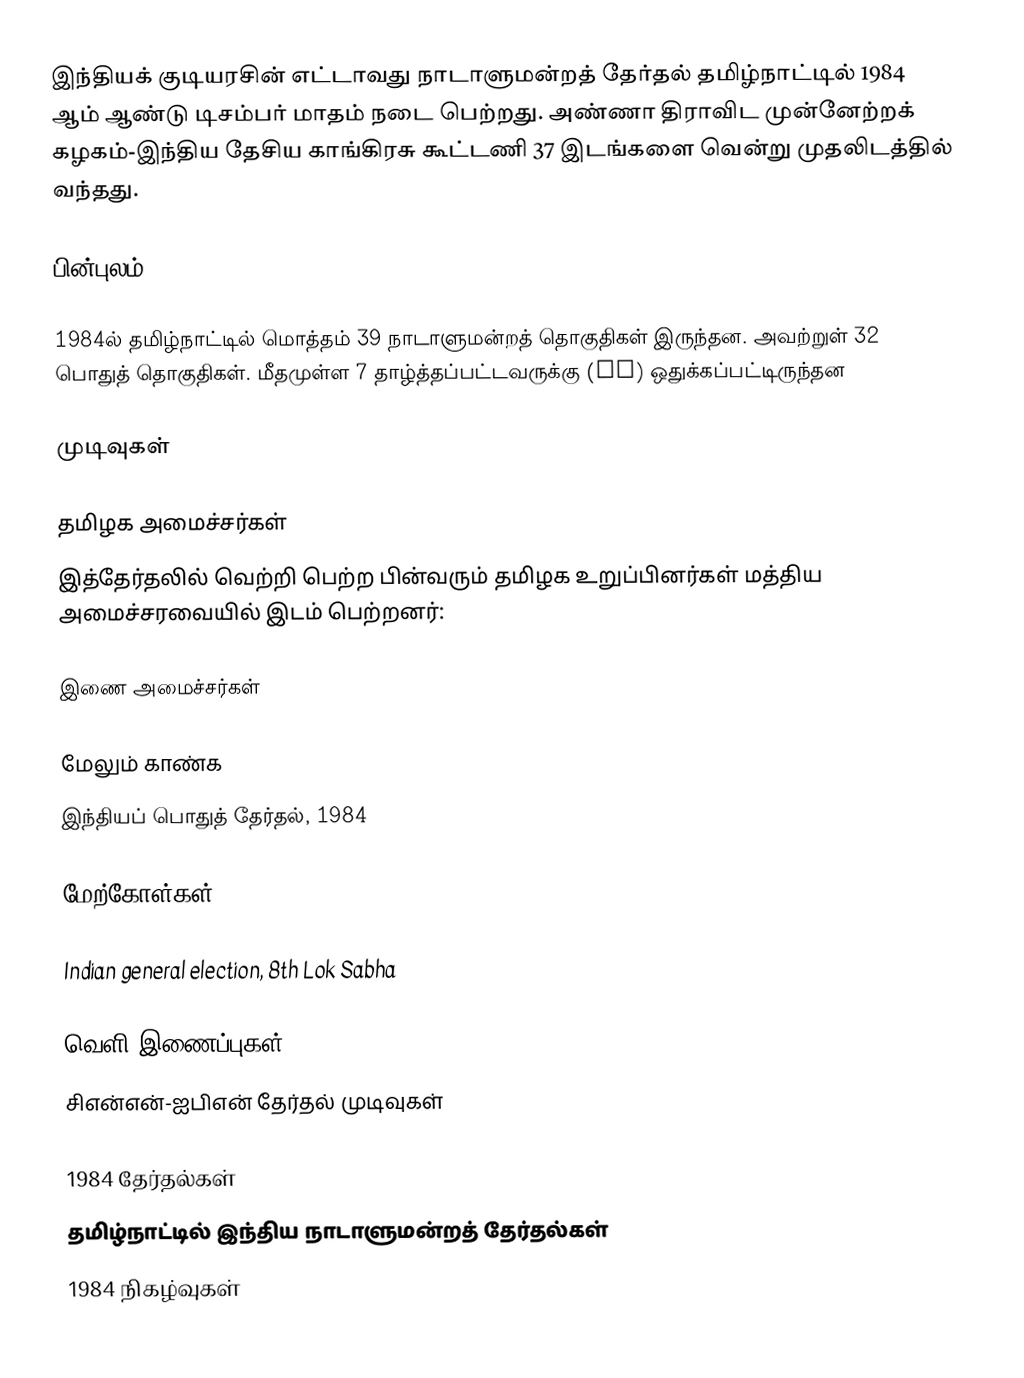
இந்தியக் குடியரசின் எட்டாவது நாடாளுமன்றத் தேர்தல் தமிழ்நாட்டில் 1984 ஆம் ஆண்டு டிசம்பர் மாதம் நடை பெற்றது. அண்ணா திராவிட முன்னேற்றக் கழகம்-இந்திய தேசிய காங்கிரசு கூட்டணி 37 இடங்களை வென்று முதலிடத்தில் வந்தது.

பின்புலம்

1984ல் தமிழ்நாட்டில் மொத்தம் 39 நாடாளுமன்றத் தொகுதிகள் இருந்தன. அவற்றுள் 32 பொதுத் தொகுதிகள். மீதமுள்ள 7 தாழ்த்தப்பட்டவருக்கு (SC) ஒதுக்கப்பட்டிருந்தன

முடிவுகள்

தமிழக அமைச்சர்கள்
இத்தேர்தலில் வெற்றி பெற்ற பின்வரும் தமிழக உறுப்பினர்கள் மத்திய அமைச்சரவையில் இடம் பெற்றனர்:

இணை அமைச்சர்கள்

மேலும் காண்க
இந்தியப் பொதுத் தேர்தல், 1984

மேற்கோள்கள்

Indian general election, 8th Lok Sabha

வெளி இணைப்புகள்
 சிஎன்என்-ஐபிஎன் தேர்தல் முடிவுகள்

1984 தேர்தல்கள்
தமிழ்நாட்டில் இந்திய நாடாளுமன்றத் தேர்தல்கள்
1984 நிகழ்வுகள்